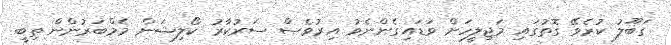
ގަބޫލު ކުރެވޭ ގޮތުގައި މަޖިލީހަށް ވަޑައިގެންނެވު އިރުވެސް ސަރުކާރު ކޯލިޝަން މެމްބަރުންން ތިބީ